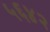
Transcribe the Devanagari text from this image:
५६४२